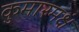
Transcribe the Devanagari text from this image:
कुमारमक्षं